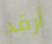
أرقد